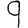
Digit: 9